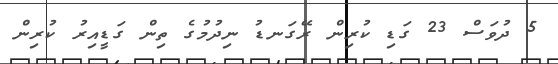
5 ދުވަސް 23 ގަޑި ކުރިން ރޭގަނޑު ނިދުމުގެ ތިން ގަޑީއިރު ކުރިން